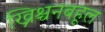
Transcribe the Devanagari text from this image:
ख्रिश्चनबहूल